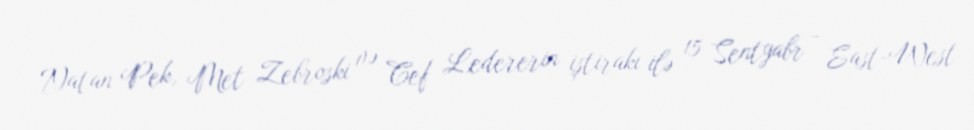
Natan Pek, Met Zebroski və Cef Ledererin iştirakı ilə 15 Sentyabr - East-West